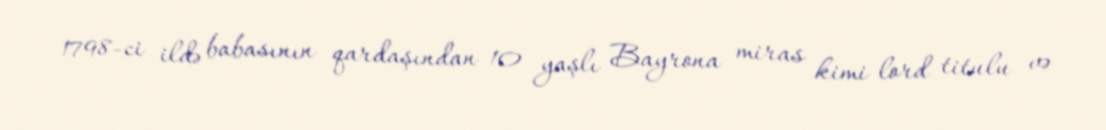
1798-ci ildə babasının qardaşından 10 yaşlı Bayrona miras kimi lord titulu və